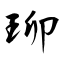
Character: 珋